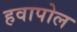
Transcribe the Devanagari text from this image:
हवापोल